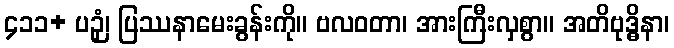
၄၁၁+ ပဉှံ၊ ပြဿနာမေးခွန်းကို။ ဗလဝတာ၊ အားကြီးလှစွာ။ အတိဗုဒ္ဓိနာ၊